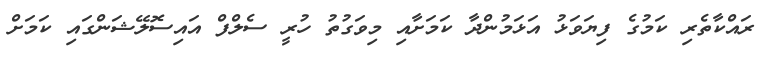
ރައްކާތެރި ކަމުގެ ފިޔަވަޅު އަޅަމުންދާ ކަމަށާއި މިވަގުތު ހުރީ ސެލްފް އައިސޮލޭޝަންގައި ކަމަށް